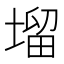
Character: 塯